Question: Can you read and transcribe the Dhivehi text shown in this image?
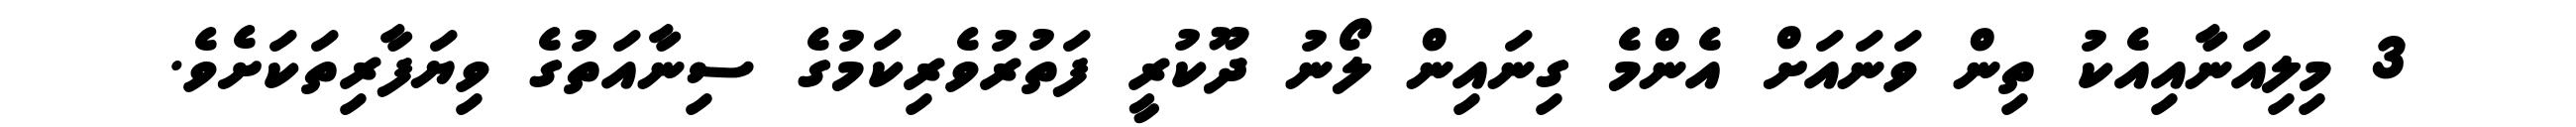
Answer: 3 މިލިއަނާއިއެކު ތިން ވަނައަށް އެންމެ ގިނައިން ލޯނު ދޫކުރީ ފަތުރުވެރިކަމުގެ ސިނާއަތުގެ ވިޔަފާރިތަކަށެވެ.